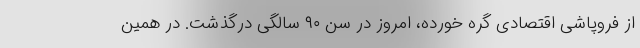
از فروپاشی اقتصادی گره خورده، امروز در سن ۹۰ سالگی درگذشت. در همین